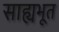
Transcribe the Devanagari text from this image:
साह्यभूत